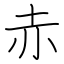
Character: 赤